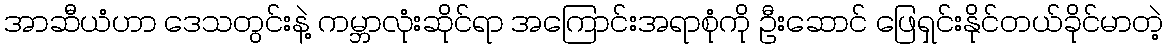
အာဆီယံဟာ ဒေသတွင်းနဲ့ ကမ္ဘာလုံးဆိုင်ရာ အကြောင်းအရာစုံကို ဦးဆောင် ဖြေရှင်းနိုင်တယ်ခိုင်မာတဲ့